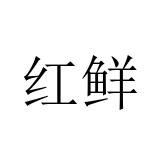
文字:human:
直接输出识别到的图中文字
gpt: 红鲜